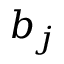
b _ { j }